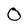
Character: 0